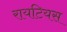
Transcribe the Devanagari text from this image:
रायटियस